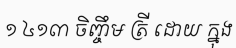
១ ៤១៣ ចិញ្ចឹម ត្រី ដោយ ក្នុង